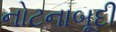
નોટનાબૂદી